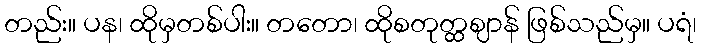
တည်း။ ပန၊ ထိုမှတစ်ပါး။ တတော၊ ထိုစတုတ္ထဈာန် ဖြစ်သည်မှ။ ပရံ၊